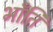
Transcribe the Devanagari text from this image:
भॉंति